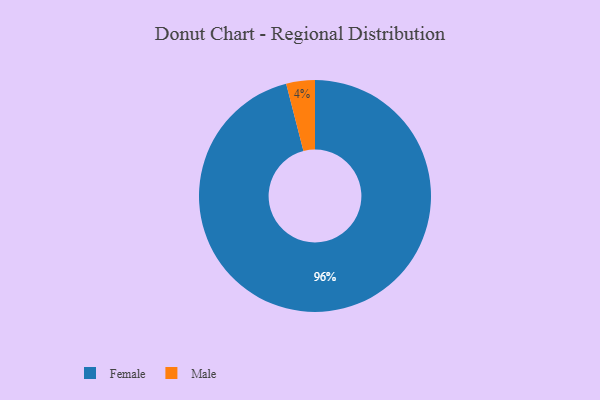
{"axis": {"x": "Category", "y": "Percentage"}, "legend": ["Female", "Male"], "data": [{"x": "Female", "y": 96, "type": "Female"}, {"x": "Male", "y": 4, "type": "Male"}]}